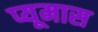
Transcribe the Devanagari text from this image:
प्यूमास